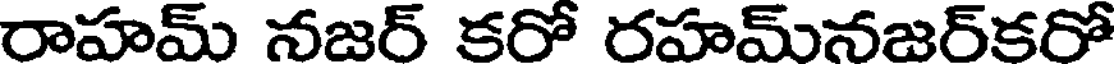
రాహమ్ నజర్ కరో రహమ్నజర్కరో